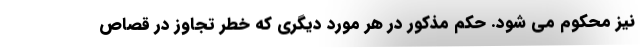
نیز محکوم می شود. حکم مذکور در هر مورد دیگری که خطر تجاوز در قصاص